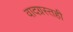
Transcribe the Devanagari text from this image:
वादग्रस्तही